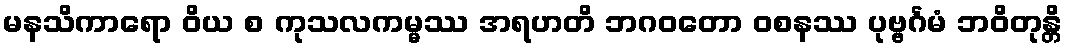
မနသိကာရော ဝိယ စ ကုသလကမ္မဿ အရဟတိ ဘဂဝတော ဝစနဿ ပုဗ္ဗင်္ဂမံ ဘဝိတုန္တိ